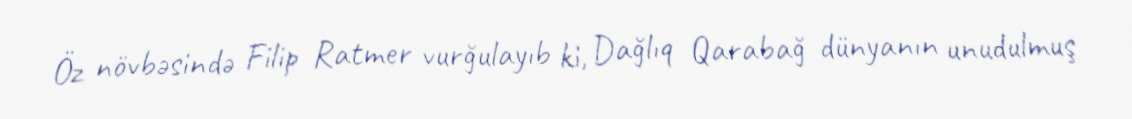
Öz növbəsində Filip Ratmer vurğulayıb ki, Dağlıq Qarabağ dünyanın unudulmuş